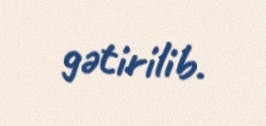
gətirilib.